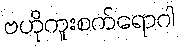
ဗဟိုကူးစက်ရောဂါ